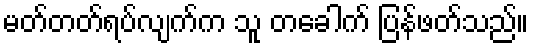
မတ်တတ်ရပ်လျက်က သူ တခေါက် ပြန်ဖတ်သည်။